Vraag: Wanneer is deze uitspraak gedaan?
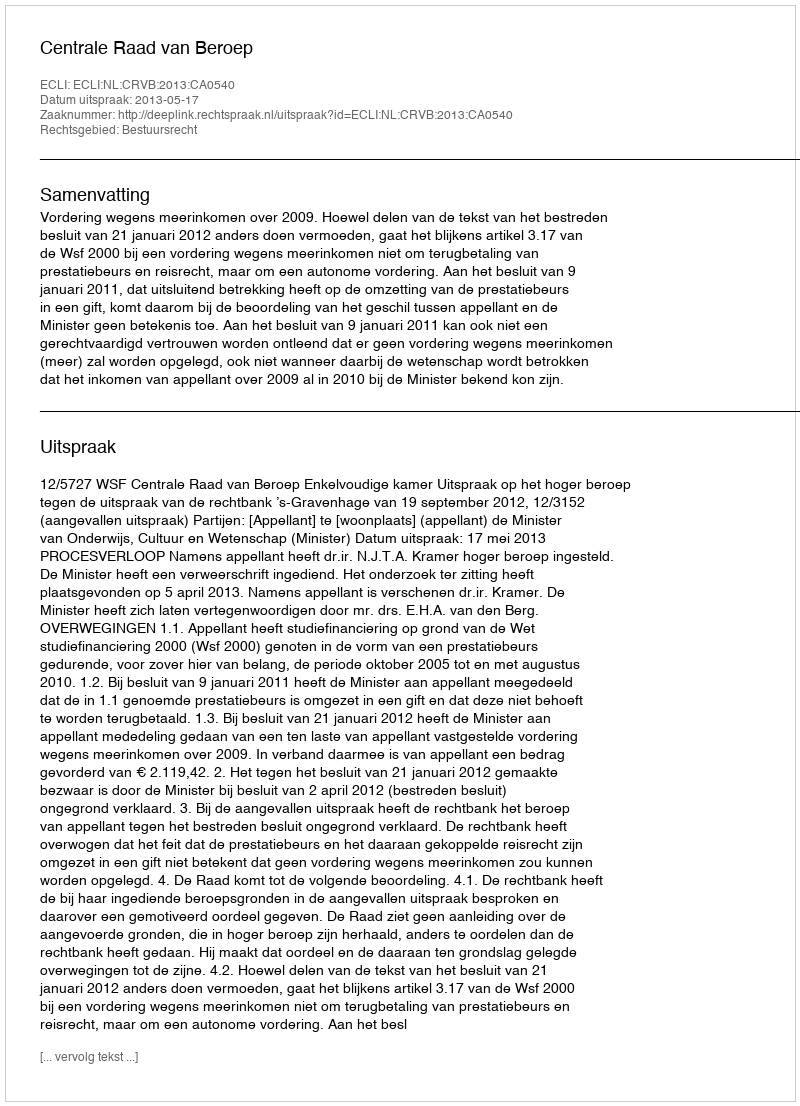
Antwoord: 2013-05-17